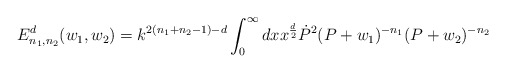
\begin{align*}E_{n_1,n_2}^d(w_1,w_2) =k^{2(n_1+n_2-1)-d}\int_{0}^\infty{d}xx^{\frac{d}{2}}\dot{P}^2(P+w_1)^{-n_1}(P+w_2)^{-n_2}\end{align*}